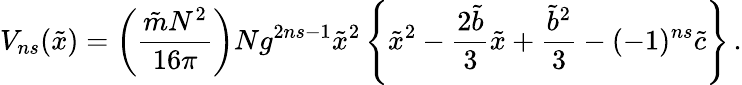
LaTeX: V_{ns}({\tilde{x}})=\left(\frac{{\tilde{m}}N^{2}}{16\pi}\right)Ng^{2ns-1}{\tilde{x}}^{2}\left\{ {\tilde{x}}^{2}-\frac{2{\tilde{b}}}{3}{\tilde{x}}+\frac{{\tilde{b}}^{2}}{3}-(-1)^{ns}{\tilde{c}}\right\} \, .